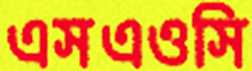
এসএওসি